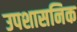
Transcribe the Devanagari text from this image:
उपशासनिक